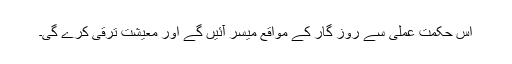
اس حکمت عملی سے روز گار کے مواقع میسر آئیں گے اور معیشت ترقی کرے گی۔